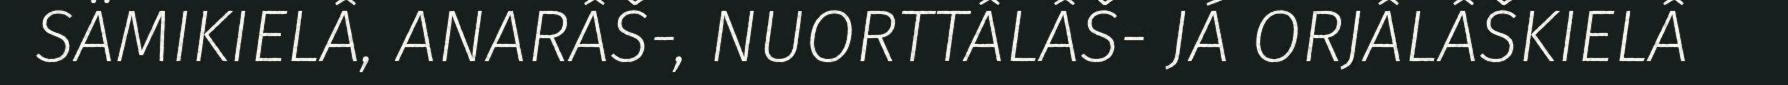
SÄMIKIELÂ, ANARÂŠ-, NUORTTÂLÂŠ- JÁ ORJÂLÂŠKIELÂ